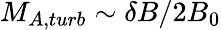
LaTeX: M_{A,turb}\sim\delta B/2B_{0}